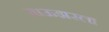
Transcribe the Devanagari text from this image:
ब्राऊझरला